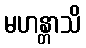
မဟန္တာသိ